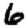
Digit: 6